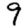
Digit: 9